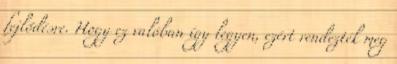
fejlődésre. Hogy ez valóban így legyen, ezért rendezték meg